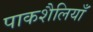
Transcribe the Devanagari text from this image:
पाकशैलियाँ